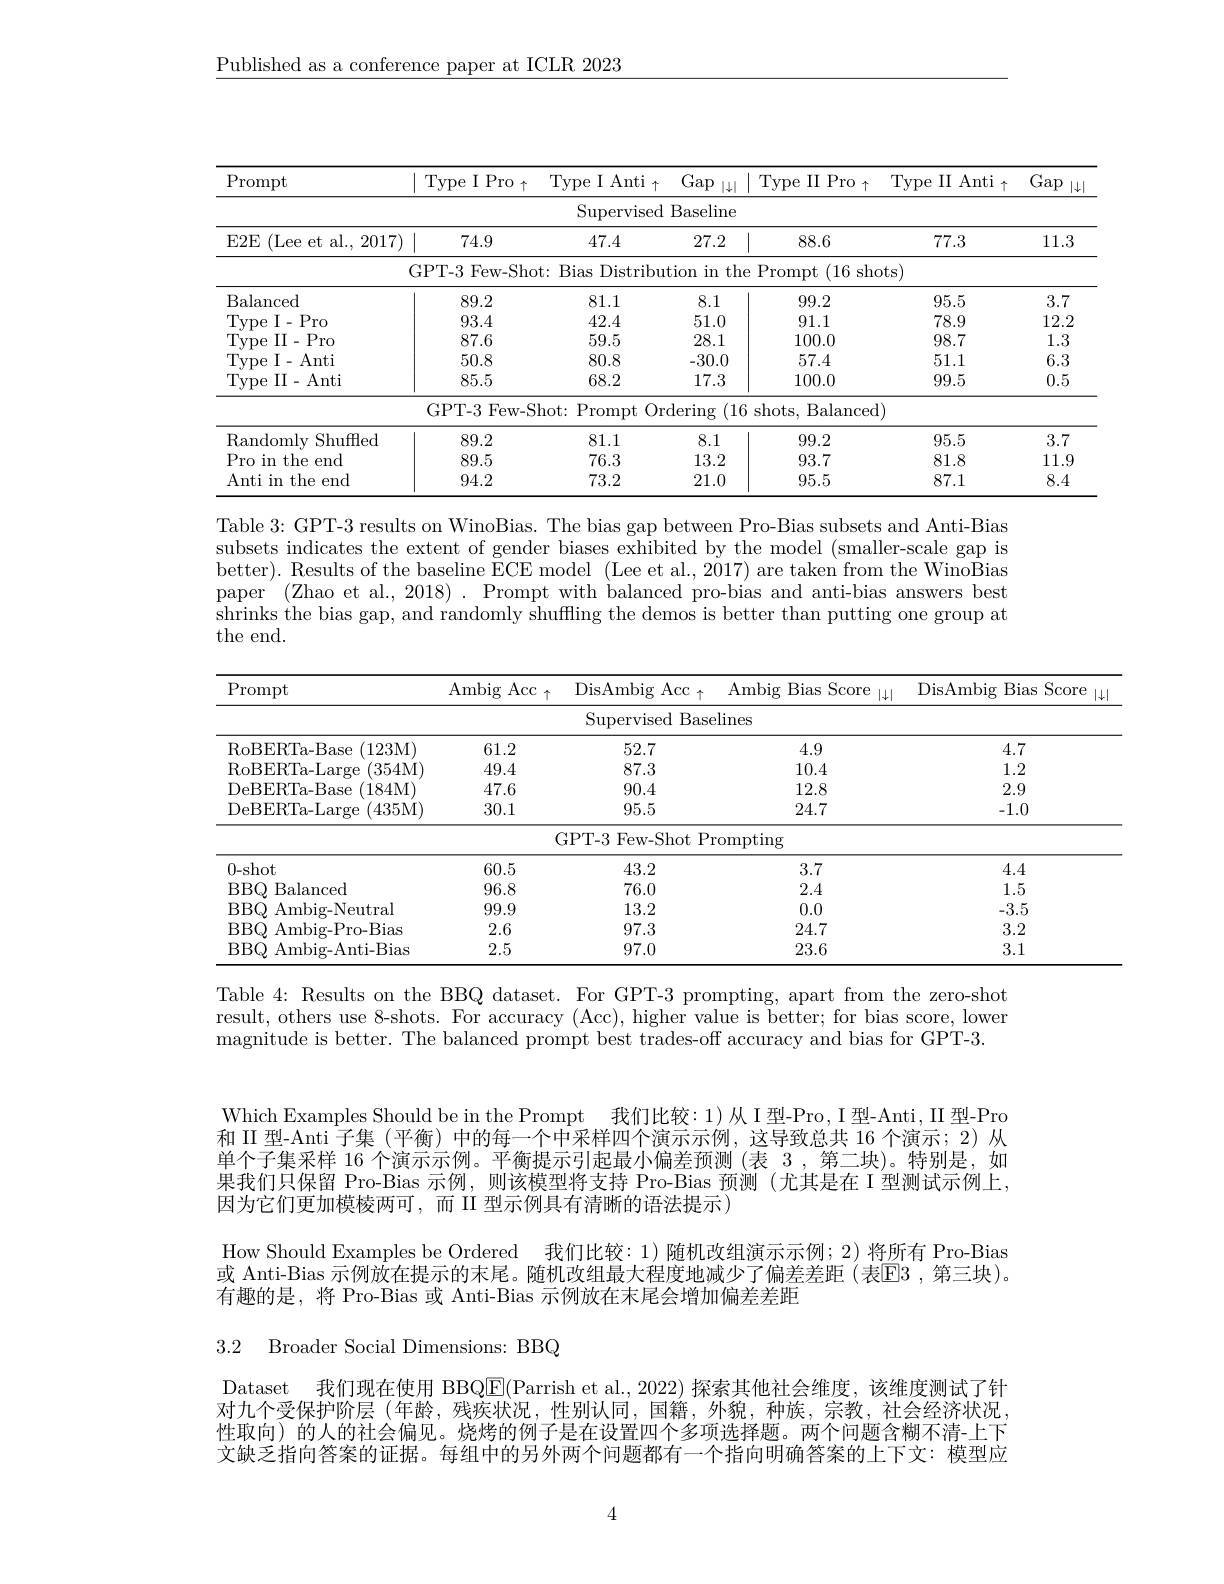
$\underline{\text{Published as a conference paper at ICLR 2023}}$

<table>
	<tbody>
		<tr>
			<th>$\operatorname{Prompt}$</th>
			<th>$\mathrm{Type~I~Pro~}_{\uparrow}$</th>
			<th>IAnti ype 千</th>
			<th>Gap $|\downarrow|$</th>
			<th>Type II $Pro_{\uparrow}$</th>
			<th>Type II Anti $\uparrow$ 11 个</th>
			<th>Gap $|\downarrow|$</th>
		</tr>
		<tr>
			<td> </td>
			<td> </td>
			<td>$\operatorname{Supervised}$</td>
			<td>Baseline</td>
			<td> </td>
			<td> </td>
			<td> </td>
		</tr>
		<tr>
			<td>$E2E$ (Lee et al., 2017 -1</td>
			<td>74.9</td>
			<td>47.4</td>
			<td>27.2</td>
			<td>88.6</td>
			<td>77.3</td>
			<td>11.3</td>
		</tr>
		<tr>
			<td> </td>
			<td>GPT-3 Few-Shot:</td>
			<td>Bias Distribu</td>
			<td>the $\iota tion$ $\lim$</td>
			<td>(16sh Prompt</td>
			<td>shots)</td>
			<td> </td>
		</tr>
		<tr>
			<td>Balanced</td>
			<td>89.2</td>
			<td>81.1</td>
			<td>8.1</td>
			<td>99.2</td>
			<td>95.5</td>
			<td>3.7</td>
		</tr>
		<tr>
			<td>Type I- Pro</td>
			<td>93.4</td>
			<td>42.4</td>
			<td>51.0</td>
			<td>91.1</td>
			<td>78.9</td>
			<td>12.2</td>
		</tr>
		<tr>
			<td>Type II- Pro</td>
			<td>87.6</td>
			<td>59.5</td>
			<td>28.1</td>
			<td>100.0</td>
			<td>98.7</td>
			<td>1.3</td>
		</tr>
		<tr>
			<td>Tvpe I- Anti</td>
			<td>50.8</td>
			<td>80.8</td>
			<td>-30.0</td>
			<td>57.4</td>
			<td>51.1</td>
			<td>6.3</td>
		</tr>
		<tr>
			<td>Type II- Anti</td>
			<td>85.5</td>
			<td>68.2</td>
			<td>17.3</td>
			<td>100.0</td>
			<td>99.5</td>
			<td>0.5</td>
		</tr>
		<tr>
			<td> </td>
			<td>GPT-3 Few-Shc</td>
			<td>$\operatorname{Prompt}$ $t_{1}:$ $O_{\mathrm{I}}$</td>
			<td>rdering (16</td>
			<td>shots, Balancec</td>
			<td>{:}ed)</td>
			<td> </td>
		</tr>
		<tr>
			<td>Randomlv Shuffed</td>
			<td>89.2</td>
			<td>81.1</td>
			<td>8.1</td>
			<td>99.2</td>
			<td>95.5</td>
			<td>3.7</td>
		</tr>
		<tr>
			<td>Pro in the end</td>
			<td>89.5</td>
			<td>76.3</td>
			<td>13.2</td>
			<td>93.7</td>
			<td>81.8</td>
			<td>11.9</td>
		</tr>
		<tr>
			<td>Anti in the end</td>
			<td>94.2</td>
			<td>73.2</td>
			<td>21.0</td>
			<td>95.5</td>
			<td>87.1</td>
			<td>8.4</td>
		</tr>
	</tbody>
</table>

Table 3: GPT-3 results on WinoBias. The bias gap between Pro-Bias subsets and Anti-Bias subsets indicates the extent of gender biases exhibited by the model (smaller-scale gap is better). Results of the baseline $\bar{\text{ECE model}}$ (Lee et al., 2017) are taken from the WinoBias paper'(Zhao et al., 2018). Prompt with balanced pro-bias and anti-bias answers best $\dot{\text{shrinks the bias gap, and randomly shuffling the demos is better than putting one group at}}$ the end.

<table>
	<tbody>
		<tr>
			<th>Prompt</th>
			<th>Ambig $\operatorname{Acc}$ 个</th>
			<th>$\mathrm{DisAmbig~Acc}_{\uparrow}$</th>
			<th>${\mathrm{Ambig~Bias~Score}}$ $|\downarrow$</th>
			<th>DisAmbig Bias Score</th>
		</tr>
		<tr>
			<td> </td>
			<td> </td>
			<td>Supervised Baseli</td>
			<td>elines</td>
			<td> </td>
		</tr>
		<tr>
			<td>RoBERTa- Base (123M)</td>
			<td>61.2</td>
			<td>52.7</td>
			<td>4.9</td>
			<td>4.7</td>
		</tr>
		<tr>
			<td>RoBERTa- Large (354M)</td>
			<td>49.4</td>
			<td>87.3</td>
			<td>10.4</td>
			<td>1.2</td>
		</tr>
		<tr>
			<td>DeBERTa- Base (184M)</td>
			<td>47.6</td>
			<td>90.4</td>
			<td>12.8</td>
			<td>2.9</td>
		</tr>
		<tr>
			<td>DeBERTa- Large 435M)</td>
			<td>30.1</td>
			<td>95.5</td>
			<td>24.7</td>
			<td>-1.0</td>
		</tr>
		<tr>
			<td> </td>
			<td> </td>
			<td>GPT-3 Few-Shot Pro</td>
			<td>rompting</td>
			<td> </td>
		</tr>
		<tr>
			<td>0- shot</td>
			<td>60.5</td>
			<td>43.2</td>
			<td>3.7</td>
			<td>4.4</td>
		</tr>
		<tr>
			<td>$BBQ.$ Balanced</td>
			<td>96.8</td>
			<td>76.0</td>
			<td>2.4</td>
			<td>1.5</td>
		</tr>
		<tr>
			<td>BBQ ${\text{) Ambig-Neutral}}$</td>
			<td>99.9</td>
			<td>13.2</td>
			<td>0.0</td>
			<td>-3.5</td>
		</tr>
		<tr>
			<td>${\mathrm{~Ambig-Pro-Bias}}$ $BBQ$</td>
			<td>2.6</td>
			<td>97.3</td>
			<td>24.7</td>
			<td>3.2</td>
		</tr>
		<tr>
			<td>${\mathrm{~Ambig-Anti-Bias}}$ $BBQ$</td>
			<td>2.5</td>
			<td>97.0</td>
			<td>23.6</td>
			<td>3.1</td>
		</tr>
	</tbody>
</table>

Table 4: Results on the BBQ dataset. For GPT-3 prompting, apart from the zero-shot result, others use 8-shots. For accuracy (Acc), higher value is better; for bias score, lower magnitude is better. The balanced prompt best trades-off accuracy and bias for GPT-3.

Which Examples Should be in the Prompt 我们比较：1)从 I 型-Pro, I 型-Anti, II 型-Pro 和 II 型-Anti 子集 (平衡) 中的每一个中采样四个演示示例，这导致总共 16 个演示；2)从单个子集采样 16 个演示示例。平衡提示引起最小偏差预测 (表 3 ,第二块)。特别是，如果我们只保留 Pro-Bias 示例，则该模型将支持 Pro-Bias 预测(尤其是在 I 型测试示例上， 因为它们更加模棱两可，而 II 型示例具有清晰的语法提示)
How Should Examples be Ordered 我们比较：1)随机改组演示示例；2) 将所有 Pro-Bias 或 Anti-Bias 示例放在提示的末尾。随机改组最大程度地减少了偏差差距 (表$\overline{\mathrm{E}}$3 ,第三块)。有趣的是，将 Pro-Bias 或 Anti-Bias 示例放在末尾会增加偏差差距

3.2 Broader Social Dimensions: BBQ

Dataset 我们现在使用 BBQ$\overline{\mathrm{E}}($Parrish et al., 2022) 探索其他社会维度，该维度测试了针对九个受保护阶层 (年龄，残疾状况，性别认同，国籍，外貌，种族，宗教，社会经济状况， 性取向) 的人的社会偏见。烧烤的例子是在设置四个多项选择题。两个问题含糊不清-上下文缺乏指向答案的证据。每组中的另外两个问题都有一个指向明确答案的上下文：模型应

4